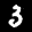
Label: 3